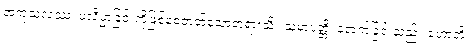
အကုသလဿ၊ မလိမ္မာခြင်းကိုဖြစ်စေတတ်သောတရားသို့။ သမာပတ္တိ၊ ရောက်ခြင်းသည်။ ဟောတိ၊